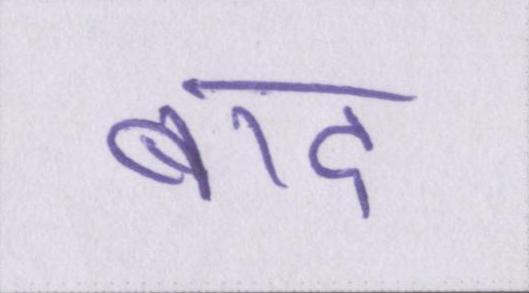
बाद